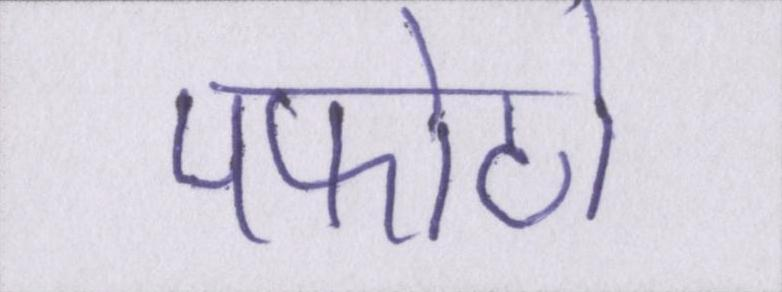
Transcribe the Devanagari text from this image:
पफोटो